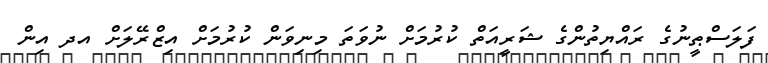
ފަލަސްޠީނުގެ ރައްޔިތުންގެ ޝަރީއަތް ކުރުމަށް ނުވަތަ މިނިވަން ކުރުމަށް އިޒްރޭލަށް އދ އިން